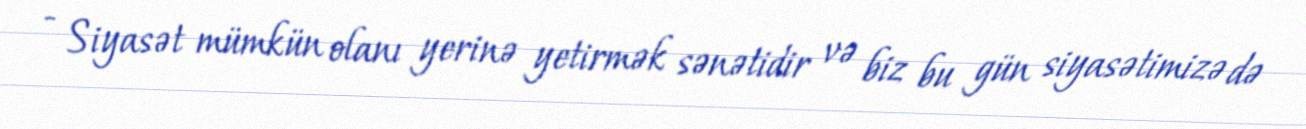
- Siyasət mümkün olanı yerinə yetirmək sənətidir və biz bu gün siyasətimizə də